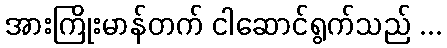
အားကြိုးမာန်တက် ငါဆောင်ရွက်သည် ...